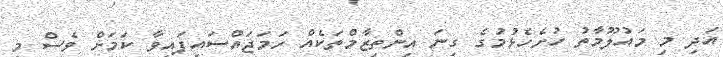
އަދި މި މައުލޫމާތު ހުށެހެޅުމުގެ ގިނަ އިންތިޒާމްތަކެއް ހަމަޖައްސައިފައިވާ ކަމަށް ވެސް މި